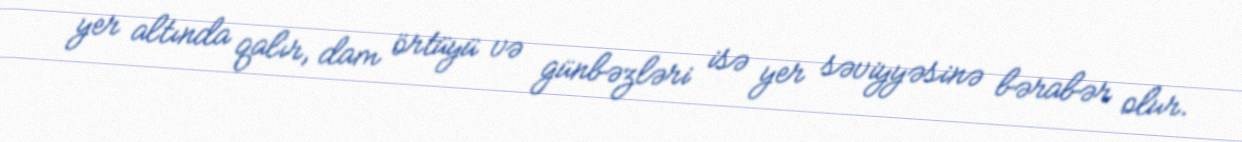
yer altında qalır, dam örtüyü və günbəzləri isə yer səviyyəsinə bərabər olur.